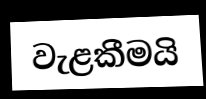
වැළකීමයි